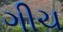
ગીચ